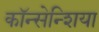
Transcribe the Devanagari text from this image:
कॉन्सेन्शिया